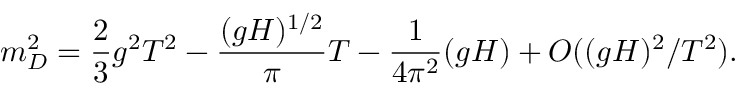
m _ { D } ^ { 2 } = \frac { 2 } { 3 } g ^ { 2 } T ^ { 2 } - \frac { ( g H ) ^ { 1 / 2 } } { \pi } T - \frac { 1 } { 4 \pi ^ { 2 } } ( g H ) + O ( ( g H ) ^ { 2 } / T ^ { 2 } ) .